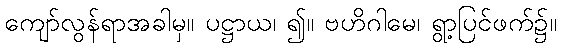
ကျော်လွန်ရာအခါမှ။ ပဋ္ဌာယ၊ ၍။ ဗဟိဂါမေ၊ ရွာ့ပြင်ဖက်၌။